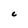
Character: C